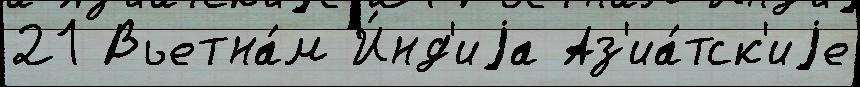
21 Вьетна́м И́нд'иjа Аз'иа́тск'иjе